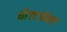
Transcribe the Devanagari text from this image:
यीस्टसोबत